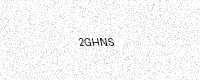
Text: 2GHNS